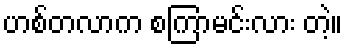
ဟစ်တလာက စကြာမင်းလား တဲ့။